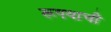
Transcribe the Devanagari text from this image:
रूपयाची